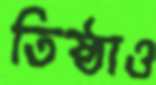
তিষ্ঠাও